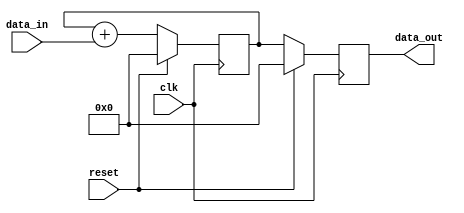
module synchronous_reset_example (
    input wire clk,          // Clock signal
    input wire reset,        // Synchronous reset signal
    input wire [7:0] data_in, // Example data input
    output reg [7:0] data_out // Example data output
);

    // Internal state variable
    reg [7:0] internal_state;

    // Always block for synchronous reset and state management
    always @(posedge clk) begin
        if (reset) begin
            // Synchronous reset logic
            internal_state <= 8'b0; // Reset internal state to 0
            data_out <= 8'b0;        // Reset output to 0
        end else begin
            // Normal operation logic
            internal_state <= internal_state + data_in; // Example operation: accumulate input
            data_out <= internal_state;                  // Output the current state
        end
    end

endmodule